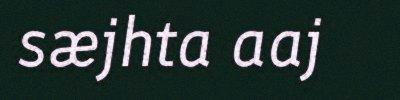
sæjhta aaj